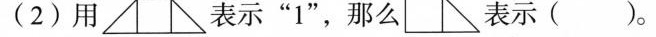
(2)用 表示”1”，那么 表示( )。